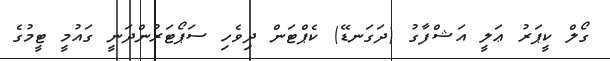
ގޯލް ކީޕަރު ޢަލީ އަޝްފާގު (ދަގަނޑޭ) ކެޕްޓަން ދިވެހި ސަޕޯޓަރުންދަނީ ގައުމީ ޓީމުގެ